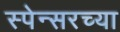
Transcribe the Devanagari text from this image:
स्पेन्सरच्या